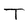
Character: T